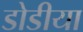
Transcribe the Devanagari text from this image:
डोडीया